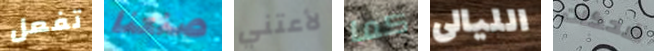
تفعل صنعنا لأعتني كما الليالى ضحكات